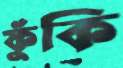
ফুঁকি